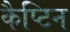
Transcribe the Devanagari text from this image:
कैप्टिन